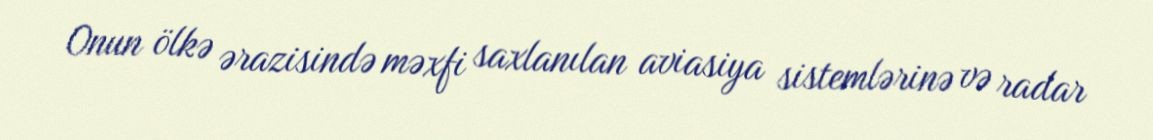
Onun ölkə ərazisində məxfi saxlanılan aviasiya sistemlərinə və radar